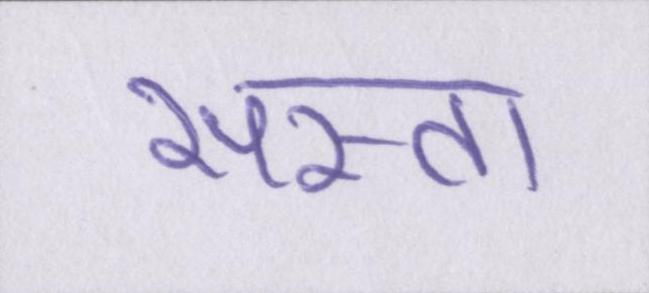
सस्ता